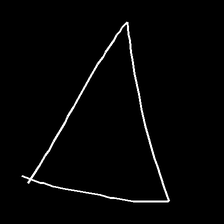
Glyph: convergence